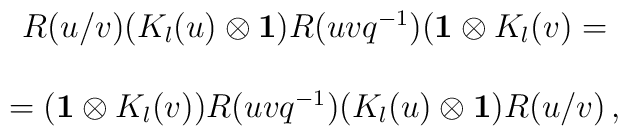
\begin{array}{c}R(u/v)(K_l (u)\otimes {\bf 1})R(uvq^{-1})({\bf 1}\otimes K_l (v)= \\  \\=({\bf 1}\otimes K_l (v))R(uvq^{-1})(K_l (u)\otimes {\bf 1})R(u/v)\,,\end{array}